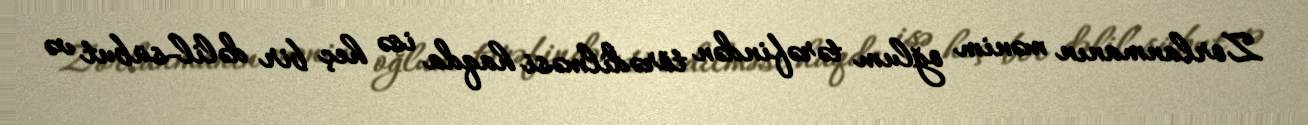
Zorlanmanın mənim oğlum tərəfindən törədilməsi haqda isə heç bir dəlil-sübut və